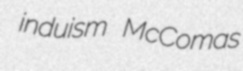
induism McComas